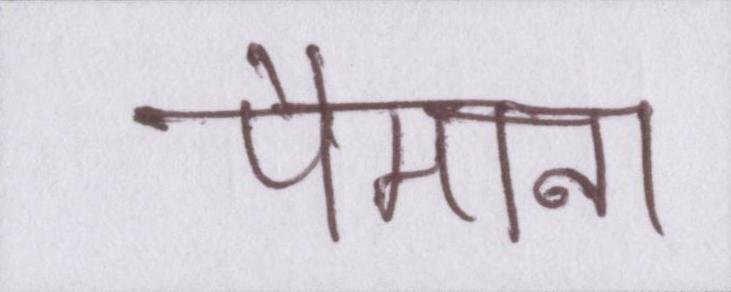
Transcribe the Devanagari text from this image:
पैमाना